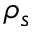
\rho _ { s }